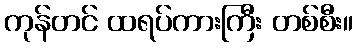
ကုန်တင် ထရပ်ကားကြီး တစ်စီး။